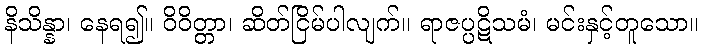
နိသိန္နာ၊ နေရ၍။ ဝိဝိတ္တာ၊ ဆိတ်ငြိမ်ပါလျက်။ ရာဇပ္ပဋိသမံ၊ မင်းနှင့်တူသော။